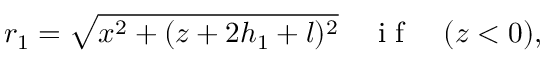
r _ { 1 } = \sqrt { x ^ { 2 } + ( z + 2 h _ { 1 } + l ) ^ { 2 } } \quad \mathrm { ~ i ~ f ~ } \quad ( z < 0 ) ,